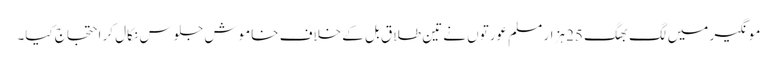
مونگیر میں لگ بھگ 25 ہزار مسلم عورتوں نے تین طلاق بل کے خلاف خاموش جلوس نکال کر احتجاج کیا۔